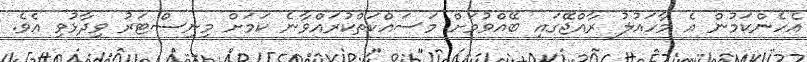
އެހެންކަމުން އެ މާހައުލު ރާއްޖޭގައި ބޭއްވުމަށް މަސައްކަތްކުރައްވާނެ ކަމަށް މިނިސްޓަރު ވިދާޅުވި އެވެ.